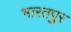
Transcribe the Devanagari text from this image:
भारतपुर